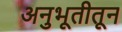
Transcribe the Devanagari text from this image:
अनुभूतीतून